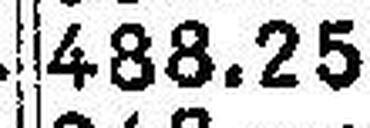
488.25